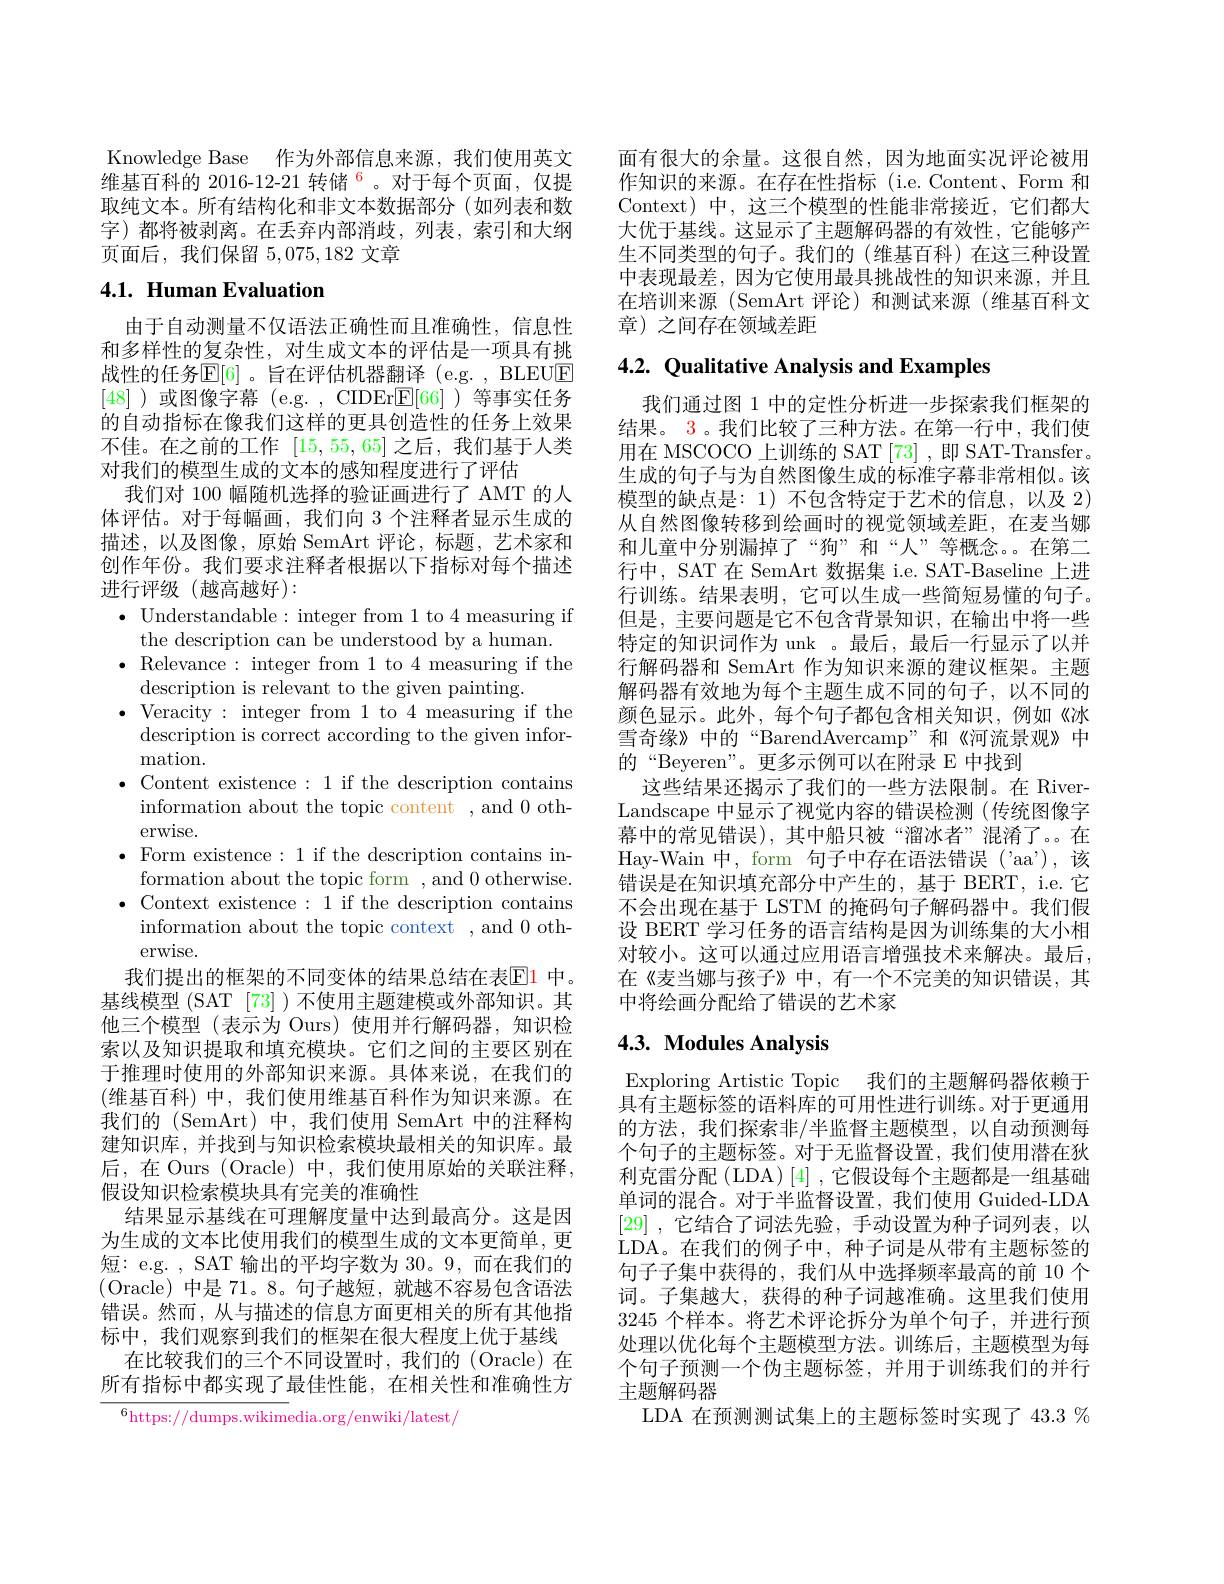
Knowledge Base 作为外部信息来源，我们使用英文维基百科的 2016-12-21 转储$^{6}$。对于每个页面，仅提取纯文本。所有结构化和非文本数据部分(如列表和数字)都将被剥离。在丢弃内部消歧，列表，索引和大纲页面后，我们保留5，075,182文章

# 4.1. Human Evaluation

由于自动测量不仅语法正确性而且准确性，信息性和多样性的复杂性，对生成文本的评估是一项具有挑战性的任务$\mathbb{E}[6]$ 。旨在评估机器翻译 (e.g. , BLEUE [48] )或图像字幕 (e.g. , CIDEr$\mathbb{E}[66]$ )等事实任务的自动指标在像我们这样的更具创造性的任务上效果不佳。在之前的工作[15,55,65]之后，我们基于人类对我们的模型生成的文本的感知程度进行了评估
我们对 100 幅随机选择的验证画进行了 AMT 的人体评估。对于每幅画，我们向 3 个注释者显示生成的描述，以及图像，原始 SemArt 评论，标题，艺术家和创作年份。我们要求注释者根据以下指标对每个描述进行评级(越高越好):
$\bullet$ Understandable: integer from 1 to 4 measuring if
the description can be understood by a human.
$\bullet$ Relevance: integer from 1 to 4 measuring if the
description is relevant to the given painting.
$\bullet$Veracity:integer from1 to4measuring if the
description is correct according to the given infor-
mation.
$\bullet$ Content existence:1 if the description contains
information about the topic content , and 0 oth-
erwise.
$\bullet$ Form existence:1 if the description contains in-
formation about the topic form ,and 0 otherwise. $\bullet$ Context existence:1 if the description contains
information about the topic context , and 0 oth-
erwise.
我们提出的框架的不同变体的结果总结在表$\color{red}{\mathrm{E1}}$ 中。基线模型 (SAT [73] ) 不使用主题建模或外部知识。其他三个模型(表示为 Ours) 使用并行解码器，知识检索以及知识提取和填充模块。它们之间的主要区别在于推理时使用的外部知识来源。具体来说，在我们的(维基百科)中，我们使用维基百科作为知识来源。在我们的 (SemArt) 中，我们使用 SemArt 中的注释构建知识库，并找到与知识检索模块最相关的知识库。最后，在 Ours ( Oracle) 中，我们使用原始的关联注释， 假设知识检索模块具有完美的准确性
结果显示基线在可理解度量中达到最高分。这是因为生成的文本比使用我们的模型生成的文本更简单，更短：e.g. , SAT 输出的平均字数为 30。9, 而在我们的(Oracle)中是 71。8。句子越短，就越不容易包含语法错误。然而，从与描述的信息方面更相关的所有其他指标中，我们观察到我们的框架在很大程度上优于基线
在比较我们的三个不同设置时，我们的(Oracle)在所有指标中都实现了最佳性能，在相关性和准确性方$^{6}$https://dumps.wikimedia.org/enwiki/latest/

面有很大的余量。这很自然，因为地面实况评论被用作知识的来源。在存在性指标(i.e.Content、Form 和Context) 中，这三个模型的性能非常接近，它们都大大优于基线。这显示了主题解码器的有效性，它能够产生不同类型的句子。我们的(维基百科)在这三种设置中表现最差，因为它使用最具挑战性的知识来源，并且在培训来源 (SemArt 评论)和测试来源 (维基百科文章) 之间存在领域差距

## 4.2. Qualitative Analysis and Examples

我们通过图 1 中的定性分析进一步探索我们框架的结果。3。我们比较了三种方法。在第一行中，我们使用在 MSCOCO 上训练的 SAT [73] ,即 SAT-Transfer。生成的句子与为自然图像生成的标准字幕非常相似。该模型的缺点是：1)不包含特定于艺术的信息，以及 2) 从自然图像转移到绘画时的视觉领域差距，在麦当娜和儿童中分别漏掉了“狗”和“人”等概念。。在第二行中，SAT 在 SemArt 数据集 i.e. SAT-Baseline 上进行训练。结果表明，它可以生成一些简短易懂的句子。但是，主要问题是它不包含背景知识，在输出中将一些特定的知识词作为 unk 。最后，最后一行显示了以并行解码器和 SemArt 作为知识来源的建议框架。主题解码器有效地为每个主题生成不同的句子，以不同的颜色显示。此外，每个句子都包含相关知识，例如《冰雪奇缘》中的“BarendAvercamp”和《河流景观》中的“Beyeren”。更多示例可以在附录 E 中找到
这些结果还揭示了我们的一些方法限制。在 RiverLandscape 中显示了视觉内容的错误检测(传统图像字幕中的常见错误),其中船只被“溜冰者”混淆了。。在Hay-Wain 中，form 句子中存在语法错误 ('aa'),该错误是在知识填充部分中产生的，基于 BERT, i.e. 它不会出现在基于 LSTM 的掩码句子解码器中。我们假设 BERT 学习任务的语言结构是因为训练集的大小相对较小。这可以通过应用语言增强技术来解决。最后， 在《麦当娜与孩子》中，有一个不完美的知识错误，其中将绘画分配给了错误的艺术家

## 4.3. Modules Analysis

Exploring Artistic Topic 我们的主题解码器依赖于具有主题标签的语料库的可用性进行训练。对于更通用的方法，我们探索非/半监督主题模型，以自动预测每个句子的主题标签。对于无监督设置，我们使用潜在狄利克雷分配 (LDA) [4] ,它假设每个主题都是一组基础单词的混合。对于半监督设置，我们使用 Guided-LDA [29] ,它结合了词法先验，手动设置为种子词列表，以LDA。在我们的例子中，种子词是从带有主题标签的句子子集中获得的，我们从中选择频率最高的前 10 个词。子集越大，获得的种子词越准确。这里我们使用3245个样本。将艺术评论拆分为单个句子，并进行预处理以优化每个主题模型方法。训练后，主题模型为每个句子预测一个伪主题标签，并用于训练我们的并行主题解码器
LDA 在预测测试集上的主题标签时实现了 43.3 %